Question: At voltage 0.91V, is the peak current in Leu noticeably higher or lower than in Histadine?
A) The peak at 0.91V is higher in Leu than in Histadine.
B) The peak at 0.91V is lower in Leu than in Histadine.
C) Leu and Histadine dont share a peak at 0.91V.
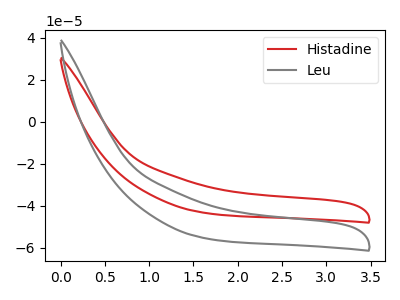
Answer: <think>The red curve "Histadine" has no peaks. The gray curve "Leu" has no peaks.</think>
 <answer>C) "Leu" and "Histadine" dont share a peak at 0.91V.</answer>
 <eval>C</eval>